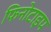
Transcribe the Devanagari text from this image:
फिनोटाइप